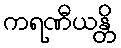
ကရဏီယန္တိ